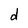
Character: d